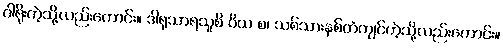
ဝါရိုးကဲ့သို့လည်းကောင်း။ ဒါရုသာရသူစိ ဝိယ စ၊ သစ်သားနှစ်တံကျင်ကဲ့သို့လည်းကောင်း။